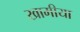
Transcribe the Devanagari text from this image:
खामीया